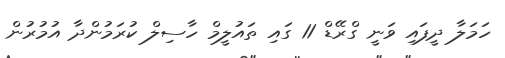
ހަމަލާ ދީފައި ވަނީ ގްރޭޑް 11 ގައި ތައުލީމް ހާސިލް ކުރަމުންދާ އުމުރުން